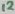
Text: 12